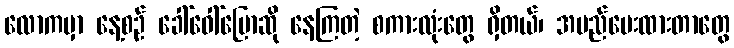
လောကမှာ နေ့စဉ် ခေါ်ဝေါ်ပြောဆို နေကြတဲ့ စကားလုံးတွေ ရှိတယ်၊ အမည်ပေးထားတာတွေ